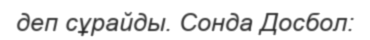
деп сұрайды. Сонда Досбол: